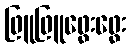
ဖြူဖြူဖွေးဖွေး